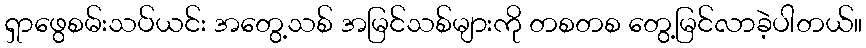
ရှာဖွေစမ်းသပ်ယင်း အတွေ့သစ် အမြင်သစ်များကို တစတစ တွေ့မြင်လာခဲ့ပါတယ်။